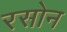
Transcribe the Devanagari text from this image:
रसोन